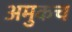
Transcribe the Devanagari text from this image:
अमुकच